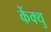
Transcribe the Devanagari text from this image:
केंक्यु